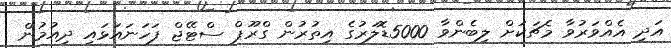
އަދި އެއްވަރުވާ މެޗަކަށް ލިބެންވާ 5000ޑޮލަރުގެ އިތުރުން ގްރޫޕް ސްޓޭޖް ފަހަނައަޅައި ދިއުމުން